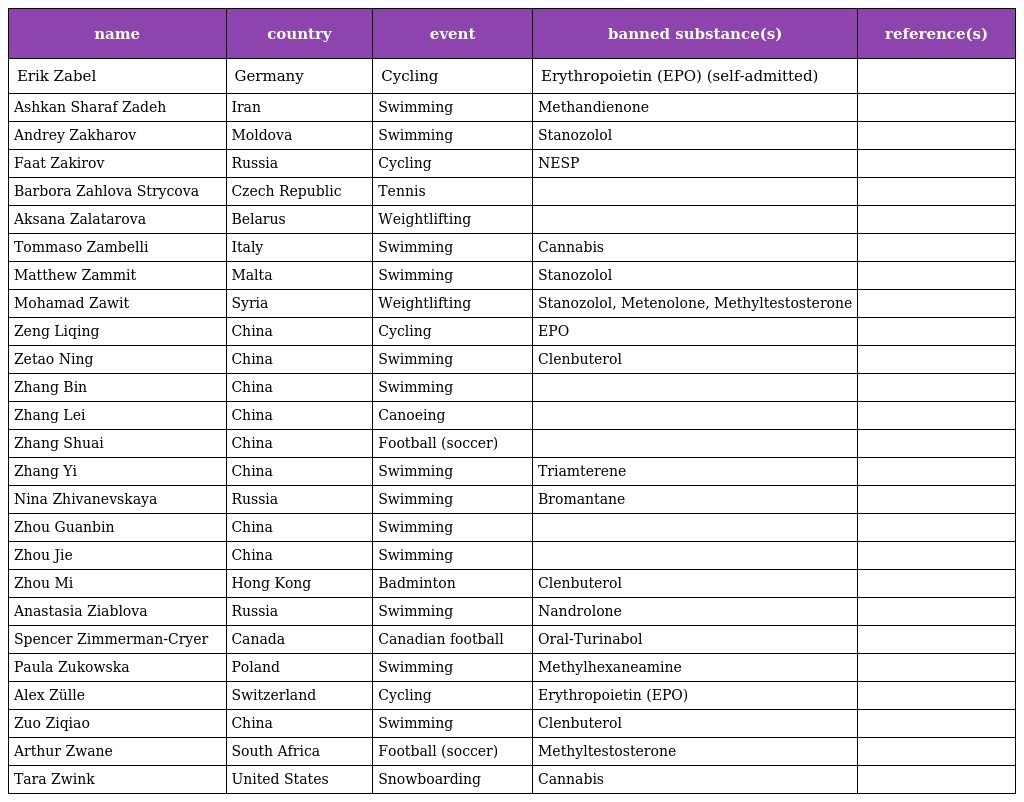
| name | country | event | banned substance(s) | reference(s) |
 | --- | --- | --- | --- | --- |
 | Erik Zabel | Germany | Cycling | Erythropoietin (EPO) (self-admitted) |  |
 | Ashkan Sharaf Zadeh | Iran | Swimming | Methandienone |  |
 | Andrey Zakharov | Moldova | Swimming | Stanozolol |  |
 | Faat Zakirov | Russia | Cycling | NESP |  |
 | Barbora Zahlova Strycova | Czech Republic | Tennis |  |  |
 | Aksana Zalatarova | Belarus | Weightlifting |  |  |
 | Tommaso Zambelli | Italy | Swimming | Cannabis |  |
 | Matthew Zammit | Malta | Swimming | Stanozolol |  |
 | Mohamad Zawit | Syria | Weightlifting | Stanozolol, Metenolone, Methyltestosterone |  |
 | Zeng Liqing | China | Cycling | EPO |  |
 | Zetao Ning | China | Swimming | Clenbuterol |  |
 | Zhang Bin | China | Swimming |  |  |
 | Zhang Lei | China | Canoeing |  |  |
 | Zhang Shuai | China | Football (soccer) |  |  |
 | Zhang Yi | China | Swimming | Triamterene |  |
 | Nina Zhivanevskaya | Russia | Swimming | Bromantane |  |
 | Zhou Guanbin | China | Swimming |  |  |
 | Zhou Jie | China | Swimming |  |  |
 | Zhou Mi | Hong Kong | Badminton | Clenbuterol |  |
 | Anastasia Ziablova | Russia | Swimming | Nandrolone |  |
 | Spencer Zimmerman-Cryer | Canada | Canadian football | Oral-Turinabol |  |
 | Paula Zukowska | Poland | Swimming | Methylhexaneamine |  |
 | Alex Zülle | Switzerland | Cycling | Erythropoietin (EPO) |  |
 | Zuo Ziqiao | China | Swimming | Clenbuterol |  |
 | Arthur Zwane | South Africa | Football (soccer) | Methyltestosterone |  |
 | Tara Zwink | United States | Snowboarding | Cannabis |  |